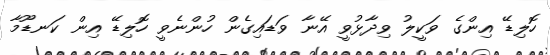
ހޮލިޑޭ އިންގެ ވަކީލު ވިދާޅުވީ އޭނާ ވަޑައިގެން ހުންނެވީ ހޮލިޑޭ އިން ކަނޑޫމާ